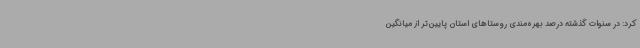
کرد: در سنوات گذشته درصد بهره‌مندی روستاهای استان پایین‌تر از میانگین